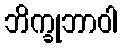
ဘိက္ခုဘာဝါ